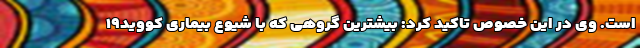
است. وی در این خصوص تاکید کرد: بیشترین گروهی که با شیوع بیماری کووید۱۹